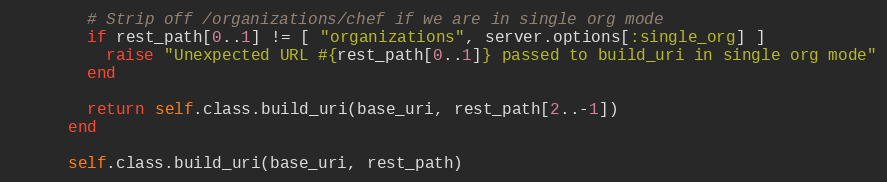
Language: Ruby
        # Strip off /organizations/chef if we are in single org mode
        if rest_path[0..1] != [ "organizations", server.options[:single_org] ]
          raise "Unexpected URL #{rest_path[0..1]} passed to build_uri in single org mode"
        end

        return self.class.build_uri(base_uri, rest_path[2..-1])
      end

      self.class.build_uri(base_uri, rest_path)